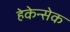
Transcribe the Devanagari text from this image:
हेकेन्सेक